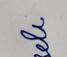
Signature authenticity: forged